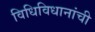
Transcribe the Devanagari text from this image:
विधिविधानांची